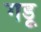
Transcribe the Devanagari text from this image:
गडू